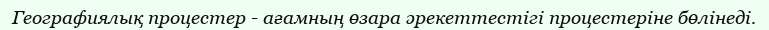
Географиялық процестер - ағамның өзара әрекеттестігі процестеріне бөлінеді.